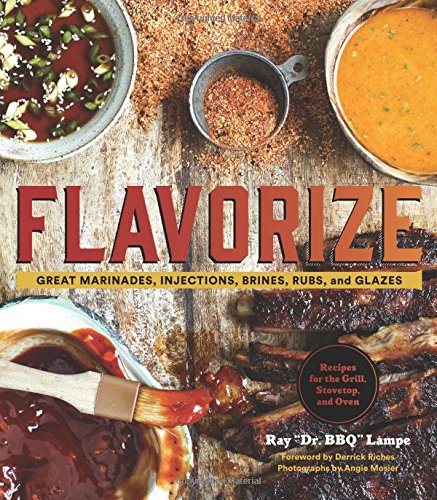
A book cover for Flavorize: Great Marinades, Injections, Brines, Rubs, and Glazes; Ray "DR. BBQ" Lampe; Cookbooks, Food & Wine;